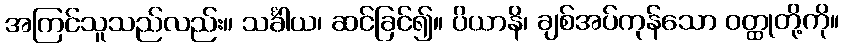
အကြင်သူသည်လည်း။ သင်္ခါယ၊ ဆင်ခြင်၍။ ပိယာနိ၊ ချစ်အပ်ကုန်သော ဝတ္ထုတို့ကို။